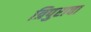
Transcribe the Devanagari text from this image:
त्रिपुराचा